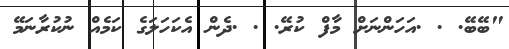
"ބޭބޭ. . .އަހަންނަށް މާފް ކުރޭ. . .ދެން އެކަހަލަގެ ކަމެއް ނުކުރާނަމޭ